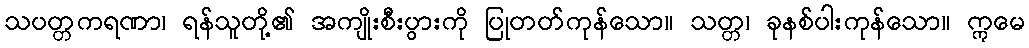
သပတ္တကရဏာ၊ ရန်သူတို့၏ အကျိုးစီးပွားကို ပြုတတ်ကုန်သော။ သတ္တ၊ ခုနစ်ပါးကုန်သော။ ဣမေ